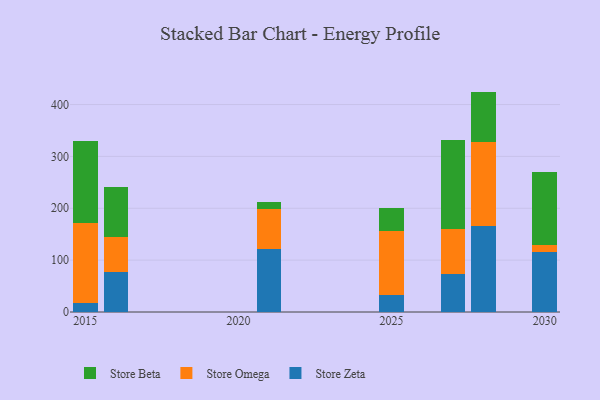
{"axis": {"x": "Year", "y": "Latency (ms)"}, "legend": ["Store Beta", "Store Omega", "Store Zeta"], "data": [{"x": "2025", "y": 31.9, "type": "Store Zeta"}, {"x": "2025", "y": 124.2, "type": "Store Omega"}, {"x": "2025", "y": 45.2, "type": "Store Beta"}, {"x": "2021", "y": 121.9, "type": "Store Zeta"}, {"x": "2021", "y": 75.8, "type": "Store Omega"}, {"x": "2021", "y": 15.3, "type": "Store Beta"}, {"x": "2015", "y": 17.8, "type": "Store Zeta"}, {"x": "2015", "y": 154.4, "type": "Store Omega"}, {"x": "2015", "y": 157.2, "type": "Store Beta"}, {"x": "2016", "y": 76.5, "type": "Store Zeta"}, {"x": "2016", "y": 68.6, "type": "Store Omega"}, {"x": "2016", "y": 95.9, "type": "Store Beta"}, {"x": "2030", "y": 116.3, "type": "Store Zeta"}, {"x": "2030", "y": 13.7, "type": "Store Omega"}, {"x": "2030", "y": 140.3, "type": "Store Beta"}, {"x": "2027", "y": 73.9, "type": "Store Zeta"}, {"x": "2027", "y": 85.5, "type": "Store Omega"}, {"x": "2027", "y": 172.9, "type": "Store Beta"}, {"x": "2028", "y": 166.0, "type": "Store Zeta"}, {"x": "2028", "y": 161.8, "type": "Store Omega"}, {"x": "2028", "y": 97.1, "type": "Store Beta"}]}